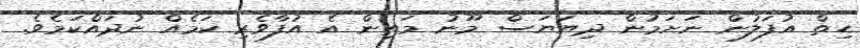
ހިތް އުފަލުން ނަށަމުން ދިޔަޔަސް މޫނު މަތިން އެ އުފާވެރި ކަމެއް ނުދައްކަމެވެ.